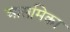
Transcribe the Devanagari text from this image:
आसमिका